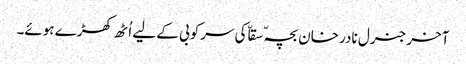
آخر جنرل نادر خان بچہّ سقاّ کی سرکوبی کے لیے اُٹھ کھڑے ہوئے۔